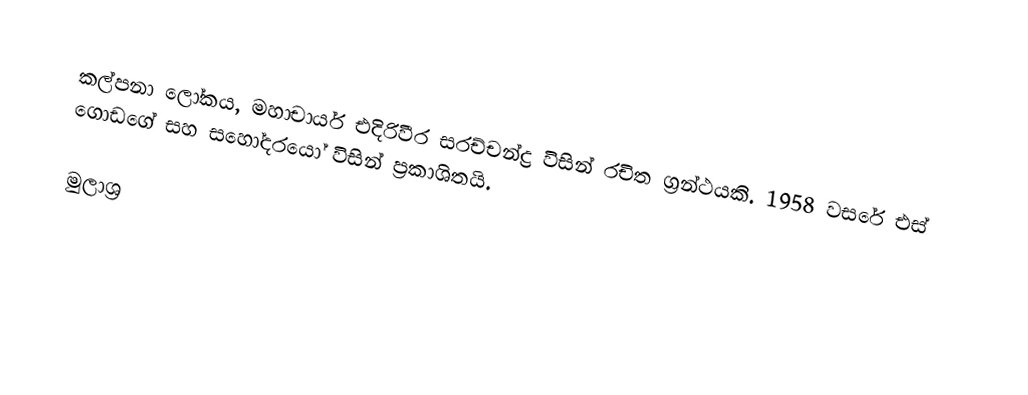
කල්පනා ‍ලෝකය, මහාචාර්ය එදිරිවීර සරච්චන්ද්‍ර විසින් රචිත ග්‍රන්ථයකි. 1958 වසරේ එස් ගොඩගේ සහ සහෝදරයෝ විසින් ප්‍රකාශිතයි.

මුලාශ්‍ර